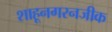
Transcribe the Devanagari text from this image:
शाहूनगरनजीक